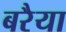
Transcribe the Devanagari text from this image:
बरैया